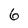
Character: 6